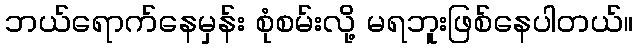
ဘယ်ရောက်နေမှန်း စုံစမ်းလို့ မရဘူးဖြစ်နေပါတယ်။